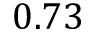
0 . 7 3